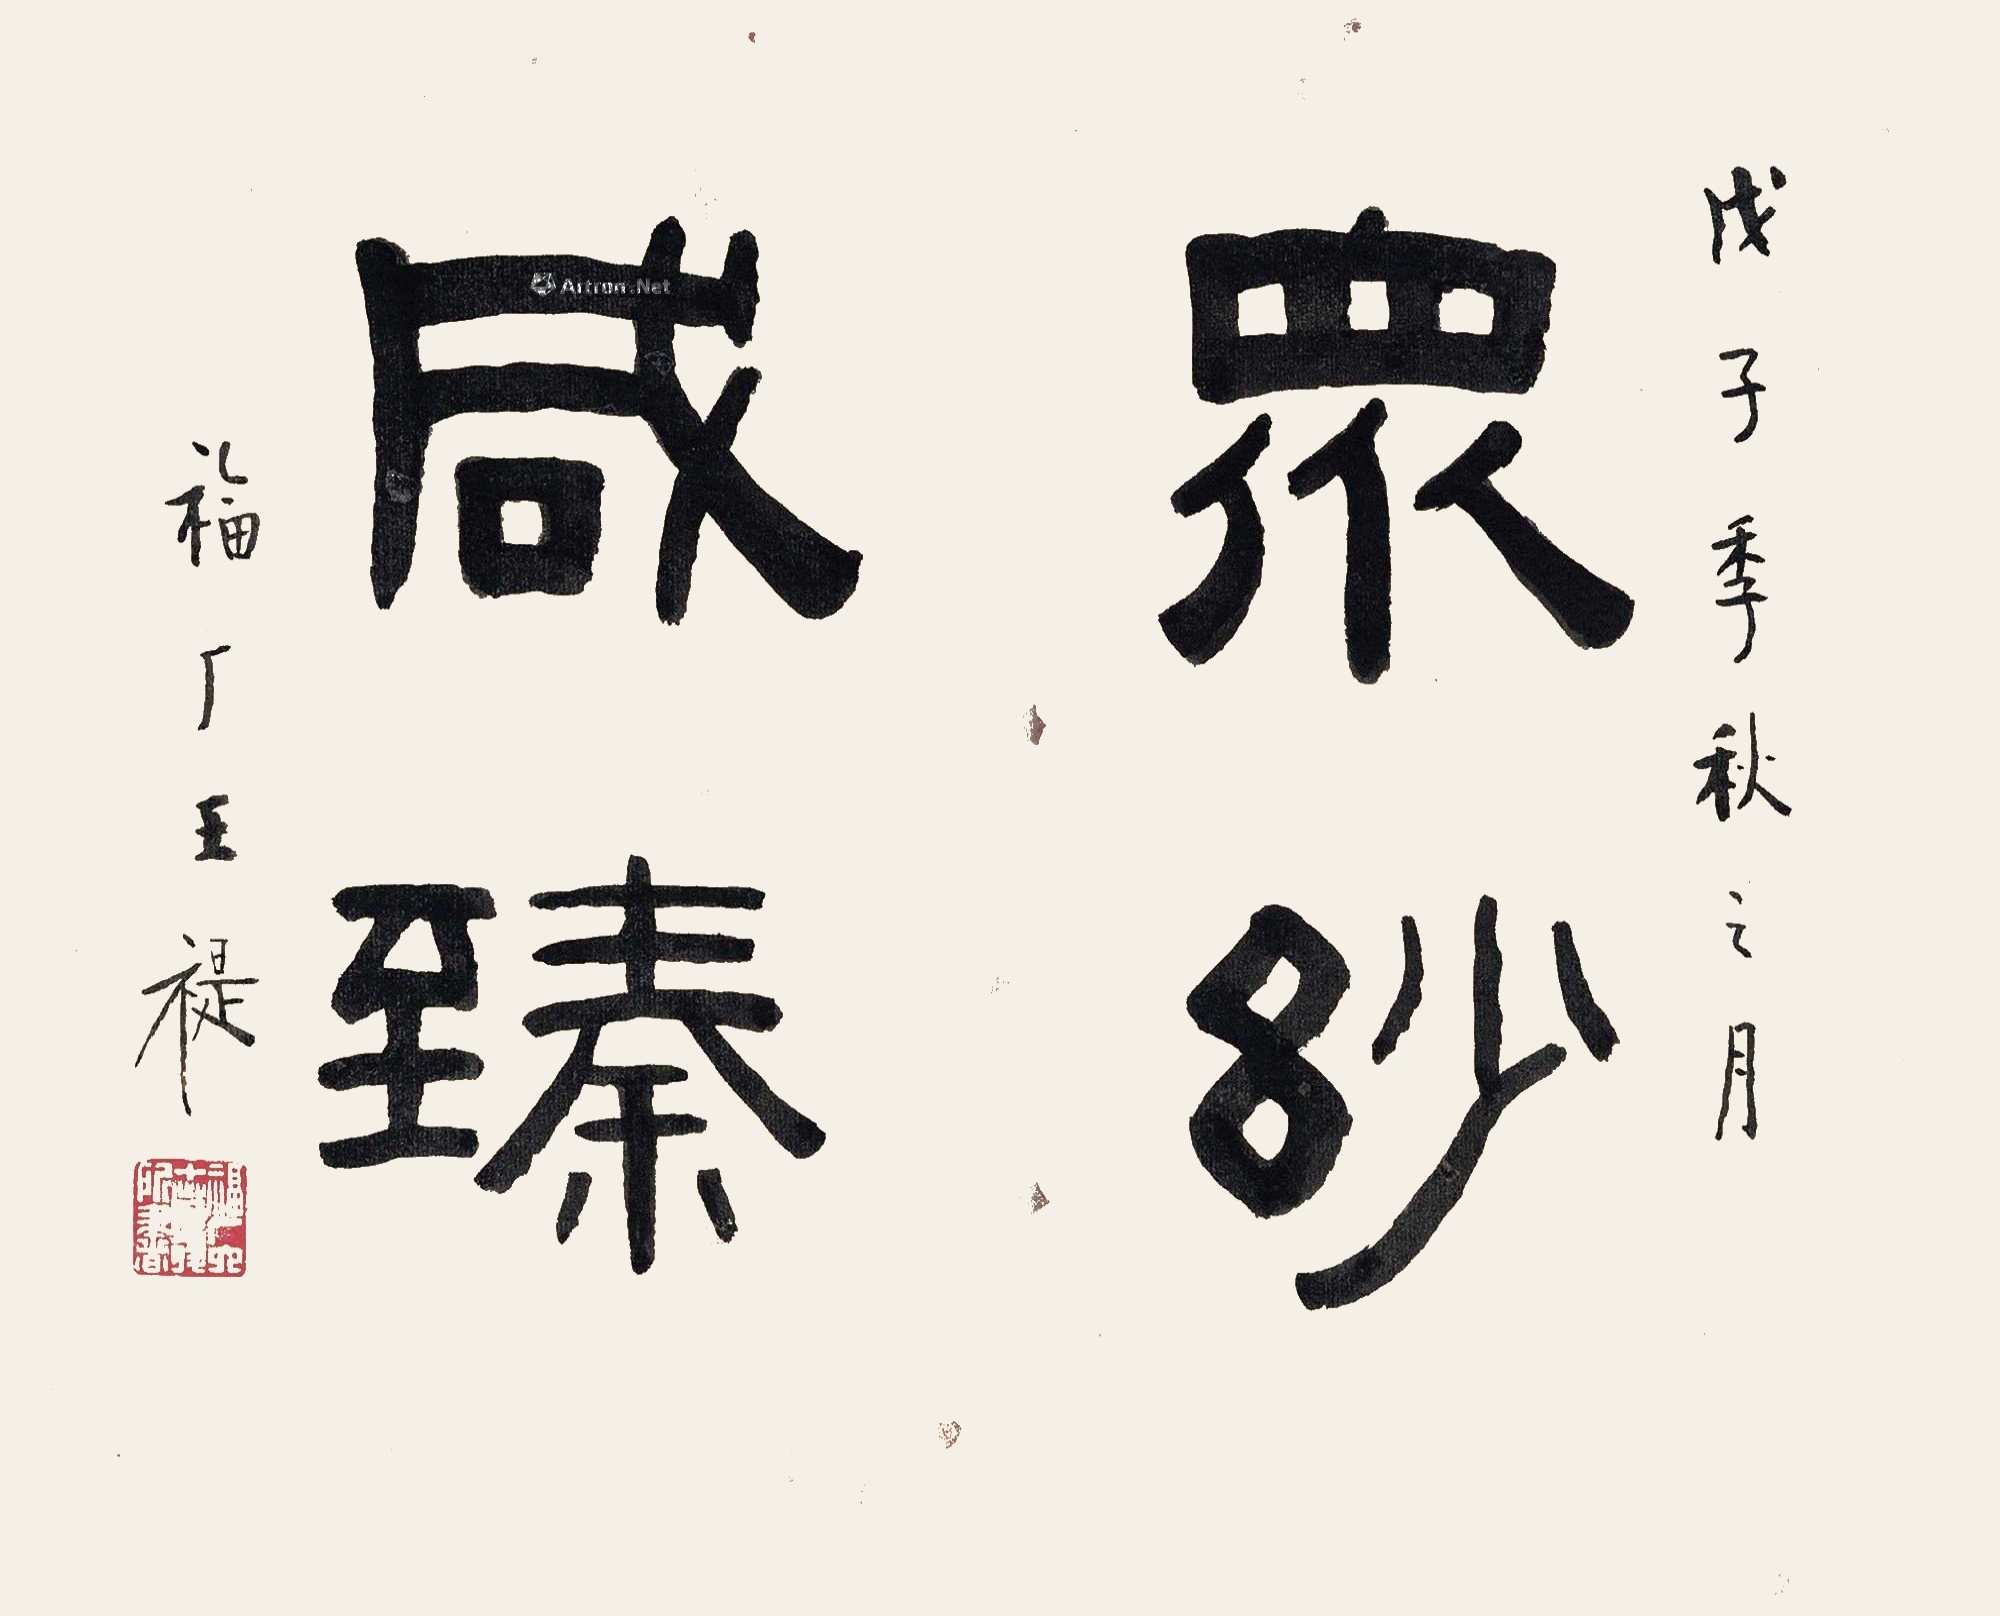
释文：众妙咸臻。戊子季秋之月，福厂王禔。